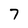
Character: 7